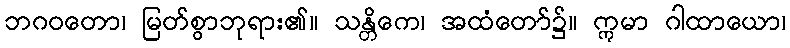
ဘဂဝတော၊ မြတ်စွာဘုရား၏။ သန္တိကေ၊ အထံတော်၌။ ဣမာ ဂါထာယော၊